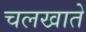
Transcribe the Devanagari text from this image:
चलखाते